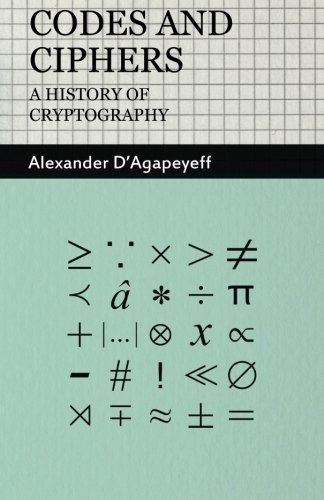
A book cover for Codes and Ciphers - A History of Cryptography; Alexander D'Agapeyeff; Computers & Technology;